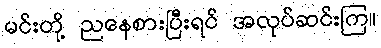
မင်းတို့ ညနေစားပြီးရင် အလုပ်ဆင်းကြ။